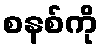
စနစ်ကို